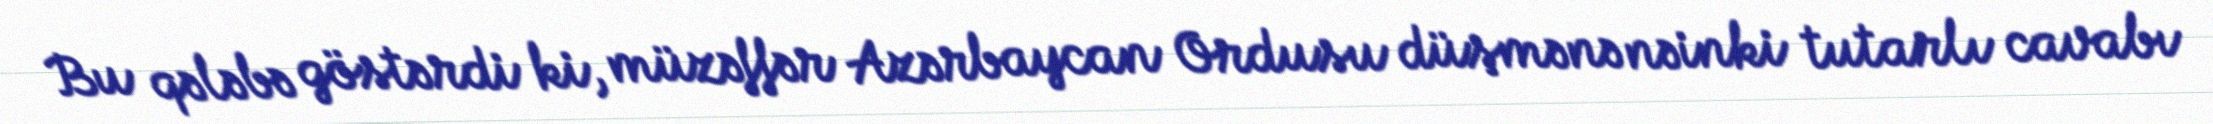
Bu qələbə göstərdi ki, müzəffər Azərbaycan Ordusu düşmənə nəinki tutarlı cavabı